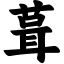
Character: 葺